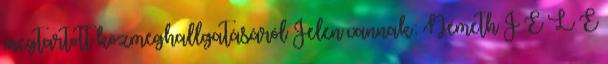
megtartott közmeghallgatásáról Jelen vannak: Németh J E L E